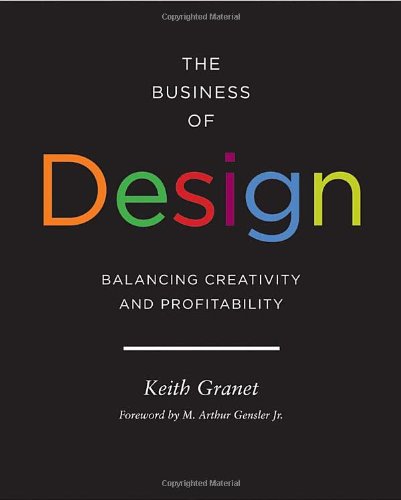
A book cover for The Business of Design; Keith Granet; Engineering & Transportation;